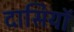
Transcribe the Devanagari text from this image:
दासियॉ